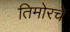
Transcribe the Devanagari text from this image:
तिमोरचे